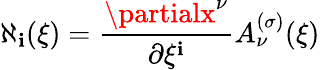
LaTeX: \aleph_{\mathbf{i}}(\xi)={\frac{{\partialx^{\nu}}}{{\partial\xi^{\mathbf{i}}}}}A_{\nu}^{(\sigma)}(\xi)